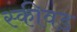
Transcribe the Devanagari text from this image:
स्कीवड